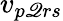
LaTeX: v_{p\mathscr{Q}rs}